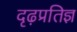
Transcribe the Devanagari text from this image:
दृढ़प्रतिज्ञ